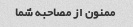
ممنون از مصاحبه شما